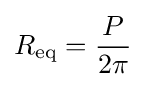
R_{\text{eq}}={\frac {P}{2\pi }}